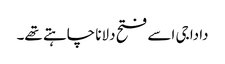
دادا جی اسے فتح دلانا چاہتے تھے۔